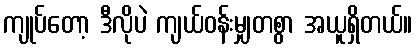
ကျုပ်တော့ ဒီလိုပဲ ကျယ်ဝန်းမျှတစွာ အယူရှိတယ်။